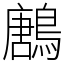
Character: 鶶